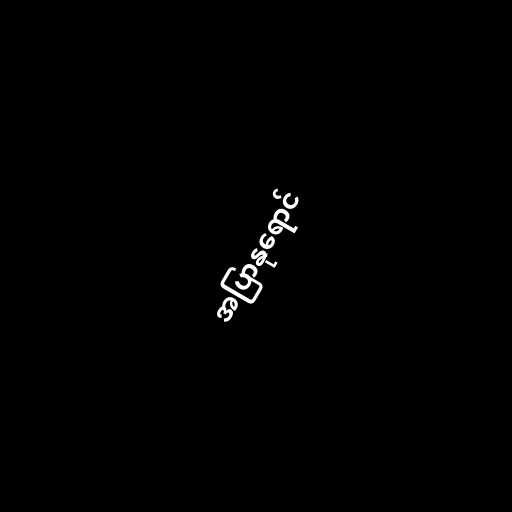
အပြာနုရောင်